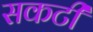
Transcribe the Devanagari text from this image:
सकटी